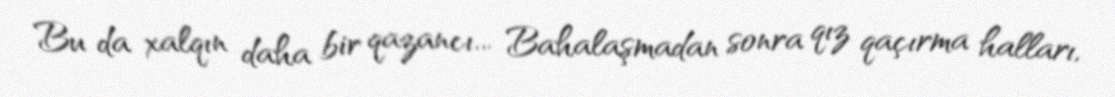
Bu da xalqın daha bir qazancı... Bahalaşmadan sonra qız qaçırma halları,